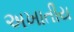
અખાતીય